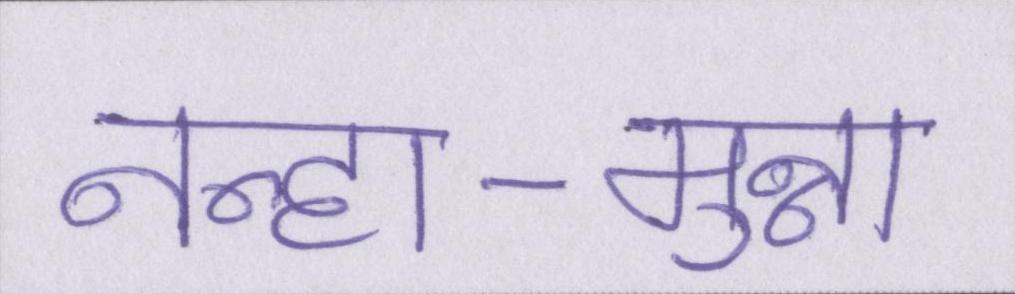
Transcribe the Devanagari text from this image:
नन्हा-मुन्ना